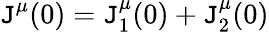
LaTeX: \mathtt{J}^{\mu}(0)=\mathtt{J}_{1}^{\mu}(0)+\mathtt{J}_{2}^{\mu}(0)